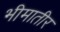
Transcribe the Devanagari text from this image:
भीमातीर